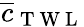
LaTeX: \overline{{c}}_{\mathrm{~T~W~L~}}